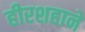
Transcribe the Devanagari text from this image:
हीरशहाने